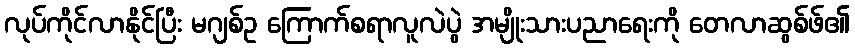
လုပ်ကိုင်လာနိုင်ပြီး မဂျစ်ဥ ကြောက်စရာလူလဲပွဲ အမျိုးသားပညာရေးကို တေလာဆွစ်ဖ်၏